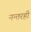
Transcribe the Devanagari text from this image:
नन्तरही